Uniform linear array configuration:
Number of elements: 12
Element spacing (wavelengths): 0.25
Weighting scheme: uniform
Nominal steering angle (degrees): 0
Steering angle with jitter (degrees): -1.409
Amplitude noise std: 0.05
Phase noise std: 0.05

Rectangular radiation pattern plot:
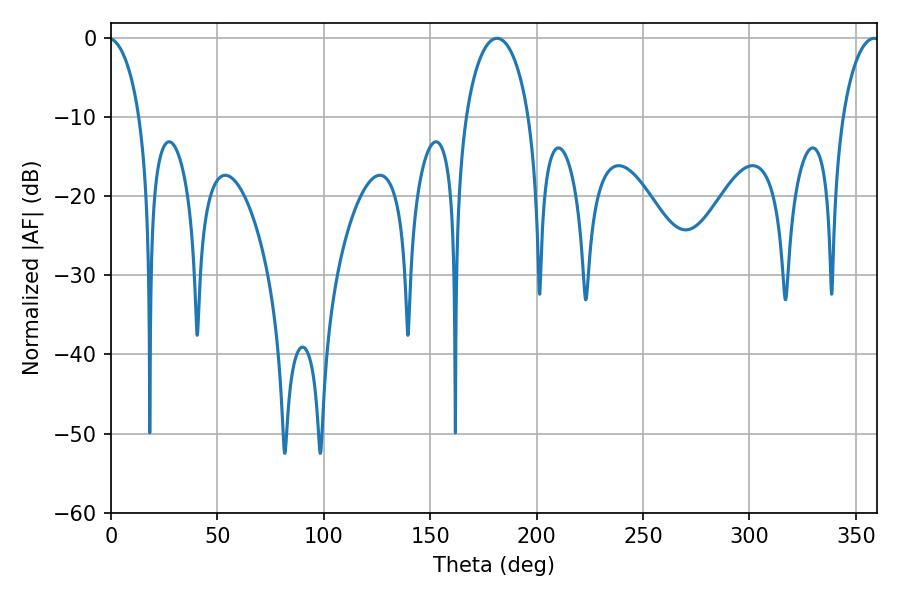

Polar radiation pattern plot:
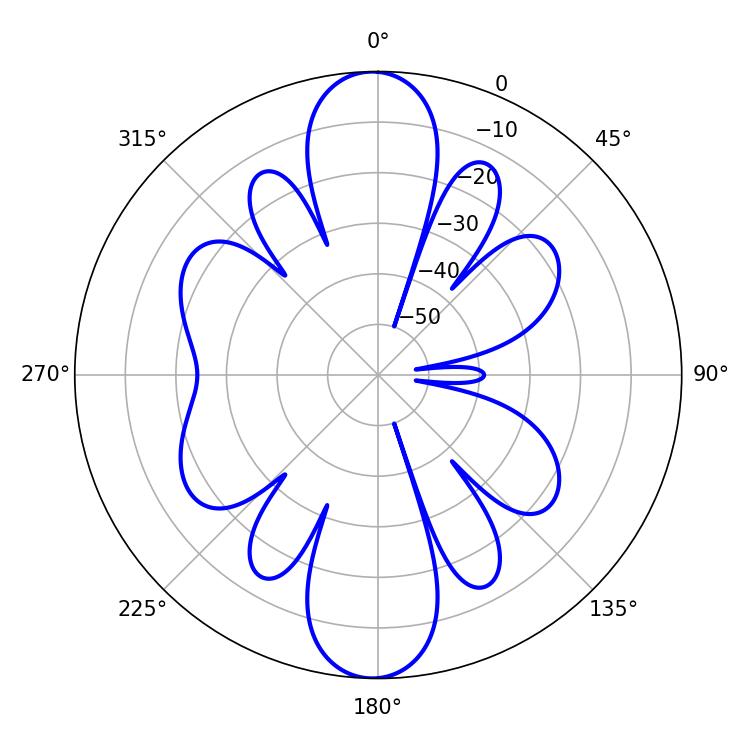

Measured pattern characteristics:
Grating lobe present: FALSE
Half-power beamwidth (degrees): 17.1
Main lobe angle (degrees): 181.44